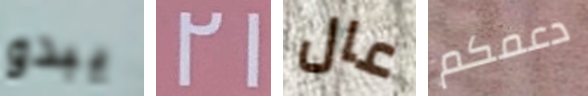
يبدو 21 عال دعمكم